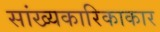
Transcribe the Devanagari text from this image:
सांख्यकारिकाकार